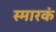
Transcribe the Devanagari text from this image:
स्मारकं